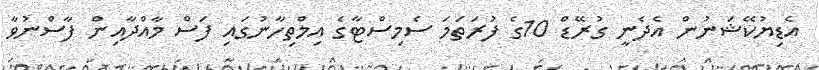
އެޑިޔުކޭޝަނުން އެދެނީ ގުރޭޑް 10ގެ ފުރަތަމަ ސެމިސްޓާގެ އިމްތިހާނުގައި ފަސް މާއްދާއިން ފާސްނުވާ